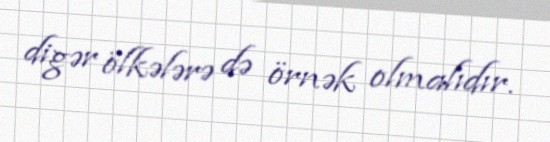
digər ölkələrə də örnək olmalıdır.